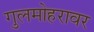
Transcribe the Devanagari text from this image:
गुलमोहरावर